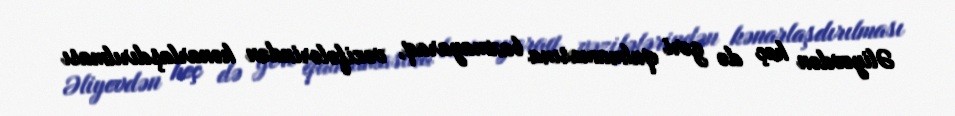
Əliyevdən heç də geri qalmamasına baxmayaraq, vəzifələrindən kənarlaşdırılması